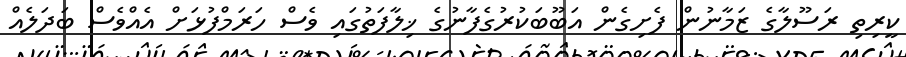
ކީރިތި ރަސޫލާގެ ޒަމާނުން ފެށިގެން އަބޫބަކުރުގެފާނުގެ ޚިލާފަތުގައި ވެސް ހަރަމްފުޅަށް އެއްވެސް ބަދަލެއް